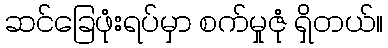
ဆင်ခြေဖုံးရပ်မှာ စက်မှုဇုံ ရှိတယ်။